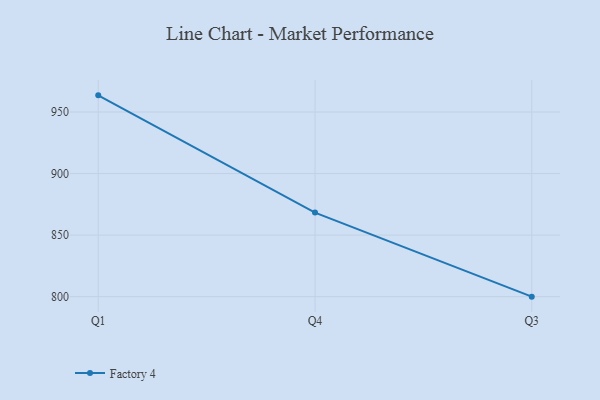
{"axis": {"x": "Quarter", "y": "Backlog"}, "legend": ["Factory 4"], "data": [{"x": "Q1", "y": 963.5, "type": "Factory 4"}, {"x": "Q4", "y": 868.3, "type": "Factory 4"}, {"x": "Q3", "y": 800, "type": "Factory 4"}]}